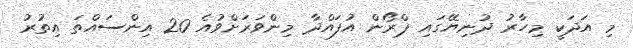
މި އަދަކީ މިހާރު ދުނިޔޭގައި ޕްރޯން އުފައްދާ މިންވަރަށްވުއެ 20 އިންސައްތަ އިތުރު